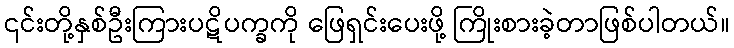
၎င်းတို့နှစ်ဦးကြားပဋိပက္ခကို ဖြေရှင်းပေးဖို့ ကြိုးစားခဲ့တာဖြစ်ပါတယ်။